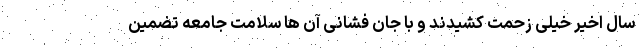
سال اخیر خیلی زحمت کشیدند و با جان فشانی آن ها سلامت جامعه تضمین